Civil Veterinary Department. Central Provinces & Berar 1925-31 - 1925-1931
Year: 1925
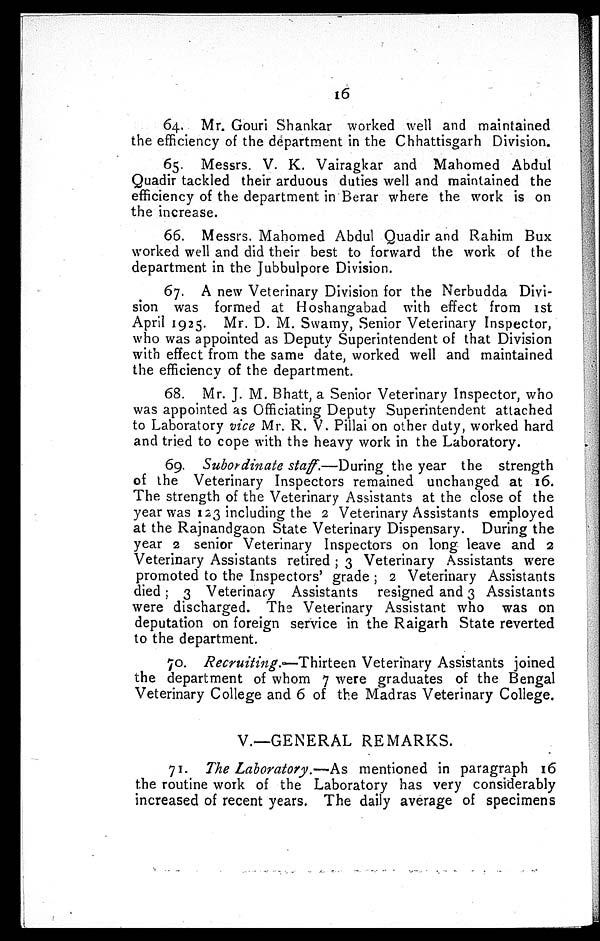
16
64. Mr. Gouri Shankar worked well and maintained
the efficiency of the department in the Chhattisgarh Division.
65. Messrs. V. K. Vairagkar and Mahomed Abdul
Quadir tackled their arduous duties well and maintained the
efficiency of the department in Berar where the work is on
the increase.
66. Messrs. Mahomed Abdul Quadir and Rahim Bux
worked well and did their best to forward the work of the
department in the Jubbulpore Division.
67. A new Veterinary Division for the Nerbudda Divi-
sion was formed at Hoshangabad with effect from 1st
April 1925. Mr. D. M. Swamy, Senior Veterinary Inspector,
who was appointed as Deputy Superintendent of that Division
with effect from the same date, worked well and maintained
the efficiency of the department.
68. Mr. J. M. Bhatt, a Senior Veterinary Inspector, who
was appointed as Officiating Deputy Superintendent attached
to Laboratory vice Mr. R. V. Pillai on other duty, worked hard
and tried to cope with the heavy work in the Laboratory.
69. Subordinate staff.—During the year the strength
of the Veterinary Inspectors remained unchanged at 16.
The strength of the Veterinary Assistants at the close of the
year was 123 including the 2 Veterinary Assistants employed
at the Rajnandgaon State Veterinary Dispensary. During the
year 2 senior Veterinary Inspectors on long leave and 2
Veterinary Assistants retired; 3 Veterinary Assistants were
promoted to the Inspectors' grade; 2 Veterinary Assistants
died; 3 Veterinary Assistants resigned and 3 Assistants
were discharged. The Veterinary Assistant who was on
deputation on foreign service in the Raigarh State reverted
to the department.
70. Recruiting.—Thirteen Veterinary Assistants joined
the department of whom 7 were graduates of the Bengal
Veterinary College and 6 of the Madras Veterinary College.
V.—GENERAL REMARKS.
71. The Laboratory.—As mentioned in paragraph 16
the routine work of the Laboratory has very considerably
increased of recent years. The daily average of specimens